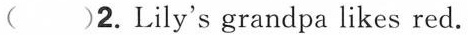
( )2.Lily's grandpa likes red.